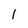
Character: 1